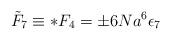
LaTeX: \begin{align*}{\tilde F}_{7}\equiv *F_4=\pm 6Na^{6}\epsilon_7\end{align*}